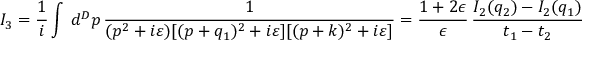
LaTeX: I _ { 3 } = \frac { 1 } { i } \int \, d ^ { D } p \, \frac { 1 } { ( p ^ { 2 } + i \varepsilon ) [ ( p + q _ { 1 } ) ^ { 2 } + i \varepsilon ] [ ( p + k ) ^ { 2 } + i \varepsilon ] } = \frac { 1 + 2 \epsilon } { \epsilon } \, \frac { I _ { 2 } ( q _ { 2 } ) - I _ { 2 } ( q _ { 1 } ) } { t _ { 1 } - t _ { 2 } } \; ,